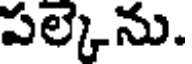
పల్కెను.